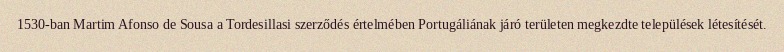
1530-ban Martim Afonso de Sousa a Tordesillasi szerződés értelmében Portugáliának járó területen megkezdte települések létesítését.